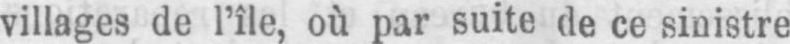
villages de l’île, où par suite de ce sinistre